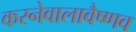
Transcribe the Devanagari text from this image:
करनेवालावैष्णव